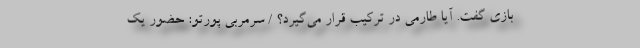
بازی گفت. آیا طارمی در ترکیب قرار می‌گیرد؟ / سرمربی پورتو: حضور یک